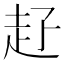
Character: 𧺐